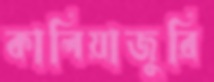
কালিয়াজুরি